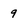
Character: 9